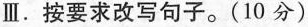
Ⅲ.按要求改写句子.(10 分)